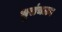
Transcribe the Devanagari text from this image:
भुसंचलन